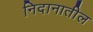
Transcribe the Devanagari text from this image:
निदानातील